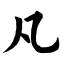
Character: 凡